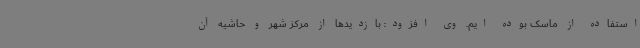
استفاده از ماسک بوده ایم. وی افزود: بازدیدها از مرکز شهر و حاشیه آن